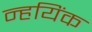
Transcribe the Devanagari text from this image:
न्हयिंक